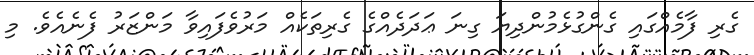
ގެރި ފާމެއްގައި ގެންގުޅެމުންދިޔަ ގިނަ ޢަދަދެއްގެ ގެރިތަކެއް މަރުވެފައިވާ މަންޒަރު ފެނެއެވެ. މި